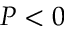
P < 0